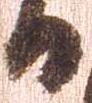
日